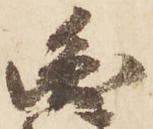
圓